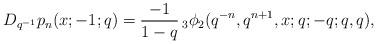
LaTeX: \begin{align*} D_{q^{-1}} p_n(x;-1;q) = \frac{-1}{1-q} \,_3\phi_2 ( q^{-n} , q^{n+1},x;q;-q;q,q),\end{align*}